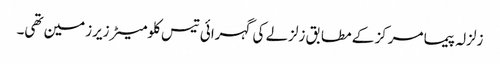
زلزلہ پیما مرکز کے مطابق زلزلے کی گہرائی تیس کلومیٹر زیرزمین تھی۔